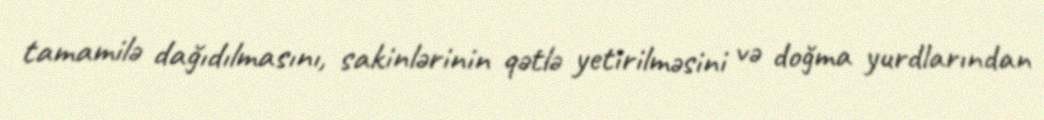
tamamilə dağıdılmasını, sakinlərinin qətlə yetirilməsini və doğma yurdlarından